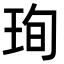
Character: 珣